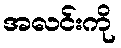
အလင်းကို